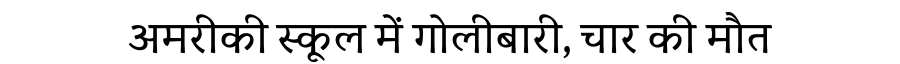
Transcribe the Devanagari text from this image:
अमरीकी स्कूल में गोलीबारी, चार की मौत